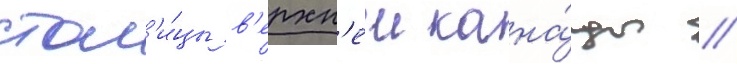
стол'и́цы в'ерхн'еи кана́ды //